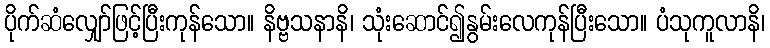
ပိုက်ဆံလျှော်ဖြင့်ပြီးကုန်သော။ နိဗ္ဗသနာနိ၊ သုံးဆောင်၍နွမ်းလေကုန်ပြီးသော။ ပံသုကူလာနိ၊